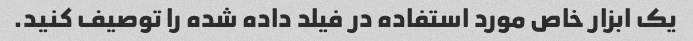
یک ابزار خاص مورد استفاده در فیلد داده شده را توصیف کنید.